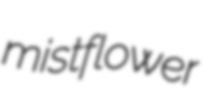
mistflower